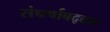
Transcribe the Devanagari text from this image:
संघर्षाबद्दल